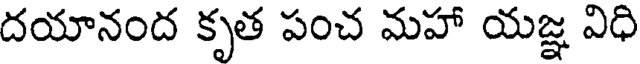
దయానంద కృత పంచ మహా యజ్ఞ విధి